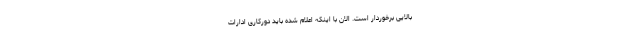
بالایی برخوردار است. الان با اینکه اعلام شده باید دورکاری ادارات